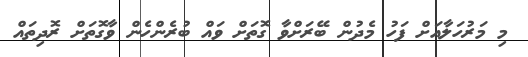
މި މަރުހަލާއަށް ފަހު މެދުން ބޭރަށްވާ ގޮތަށް ވައް ބުރެންހެން ވާގޮތަށް ރޮދިތައް